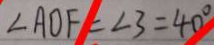
\angle A O F = \angle 3 = 4 0 ^ { \circ }